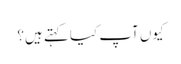
کیوں آپ کیا کہتے ہیں؟